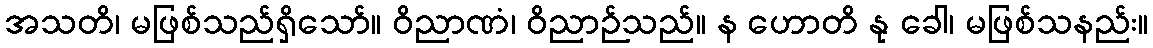
အသတိ၊ မဖြစ်သည်ရှိသော်။ ဝိညာဏံ၊ ဝိညာဉ်သည်။ န ဟောတိ နု ခေါ၊ မဖြစ်သနည်း။